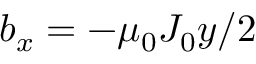
b _ { x } = - \mu _ { 0 } J _ { 0 } y / 2